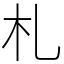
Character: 札